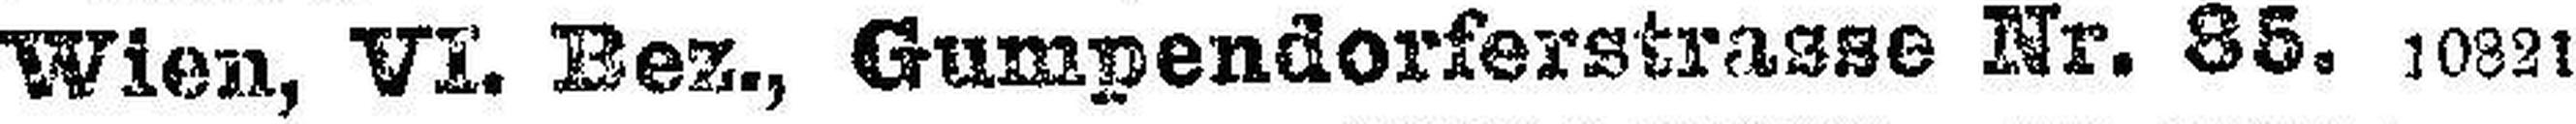
Wien, VI. Bez., Gumpendorferstrasse Nr. 85. 10821